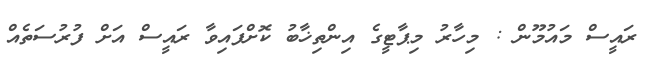
ރައީސް މައުމޫން : މިހާރު މިޕާޓީގެ އިންތިޚާބު ކޮށްފައިވާ ރައީސް އަށް ފުރުސަތެއް